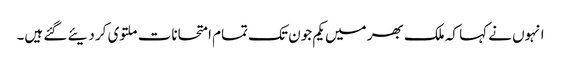
انہوں نے کہا کہ ملک بھر میں یکم جون تک تمام امتحانات ملتوی کر دیئے گئے ہیں۔